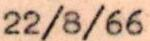
22/8/66